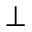
\perp